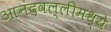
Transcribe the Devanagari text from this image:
आनंदवल्लीमध्ये